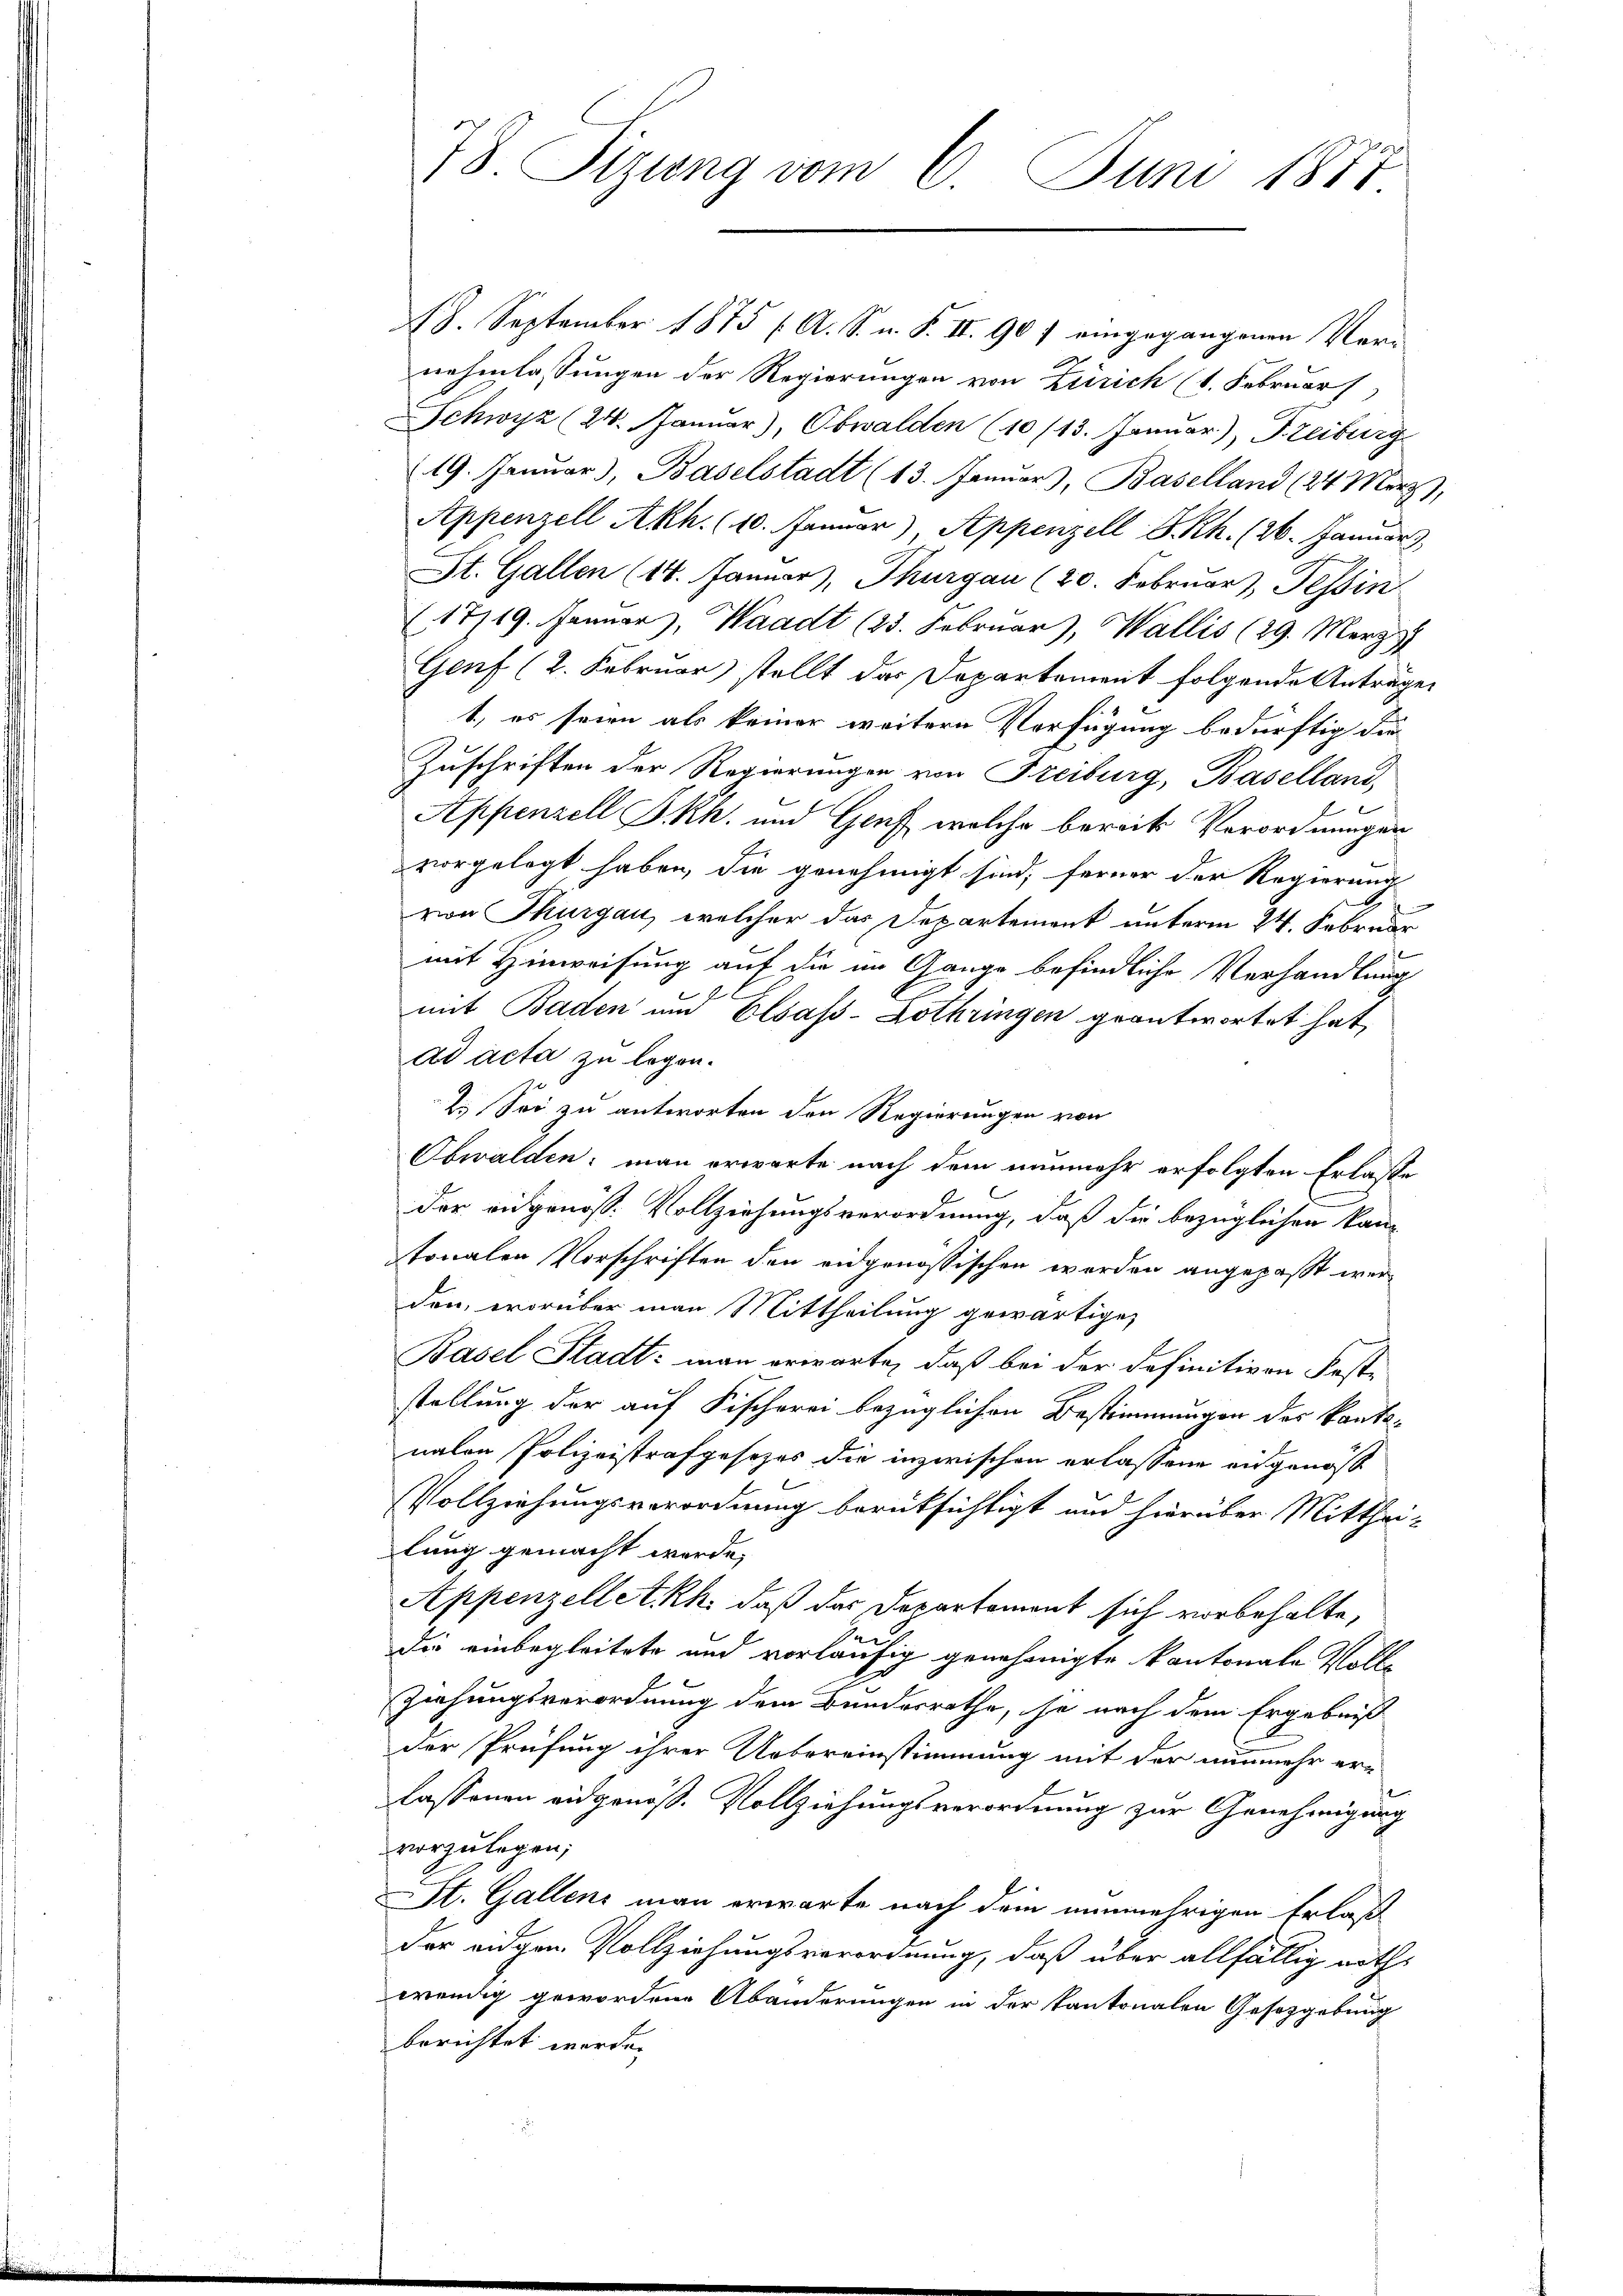
78 Sizung vom 6. Juni 1887

18. September 1875 ( A. S. n. F. II. 907 eingegangenen Ver-
nehmlassungen der Regierungen von Zürich (1. Februar
Schwyz (24. Januar), Obwalden (10/13. Januar), Freiburg
19. Januar), Baselstadt (13. Januar), Baselland (24 März),
Appenzell Akh. (10. Januar) Appenzell S. Rh. (26. Januar
St. Gallen (14. Januar, Thurgau (20. Februar, Tessin
(17/19. Januar, Waadt (23. Februar), Wallis (29. März 1
Genf (2. Februar) stellt das Departement folgende Anträge.
1) es seien als keiner weitern Verfügung bedürftig die
Zuschriften der Regierungen von Freiburg, Baselland,
e
Appenzell I.Rh. und Genf welche bereits Verordnungen
vorgelegt haben, die genehmigt sind; ferner der Regierung
von Thurgau, welcher das Departement unterm 24. Februar
mit Hinweisung auf die im Gange befindliche Verhandlung
mit Baden und Elsass-Lothringen geantwortet hat,
ad acta zu legen.
2.) Sei zu antworten den Regierungen von
Obwalden; man erwarte nach dem nunmehr erfolgten Erlasse
der eidgenöss. Vollziehungsverordnung, daß die bezüglichen kantonalen Vorschriften den eidgenössischen werden angepaßt werden, worüber man Mittheilung gewärtigen
Basel Stadt: man erwarte, daß bei der definitiven Faste
stellung der auf Fischerei bezüglichen Bestimmungen des kantonalen Polizeistrafgesetzes die inzwischen erlassene eidgenöß¬
Vollziehungsverordnung berüksichtigt und hierüber Mittheilung gemacht werde,
Appenzelletkh. daß das Departement sich vorbehalte,
die einbegleitete und vorläufig genehmigte kantonale Voll¬
Ziehungsverordnung dem Bundesrathe, je nach dem Ergebniß
der Prüfung ihrer Uebereinstimmung mit der nunmehr er-
lassenen eidgenöß. Vollziehungsverordnung zur Genehmigung
vorzulegen;
St. Gallens man erwarte nach dem nunmehrigen Erlaß
der eidgen Vollziehungsverordnung, daß über allfällig nothwendig gewordene Abänderungen in der Kantonalen Gesetzgebung
berichtet werde.